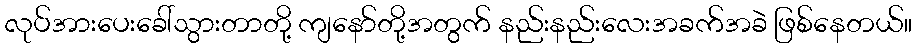
လုပ်အားပေးခေါ်သွားတာတို့ ကျနော်တို့အတွက် နည်းနည်းလေးအခက်အခဲ ဖြစ်နေတယ်။